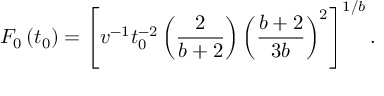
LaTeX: F _ { 0 } \left( t _ { 0 } \right) = \left[ v ^ { - 1 } t _ { 0 } ^ { - 2 } \left( { \frac { 2 } { b + 2 } } \right) \left( { \frac { b + 2 } { 3 b } } \right) ^ { 2 } \right] ^ { 1 / b } .